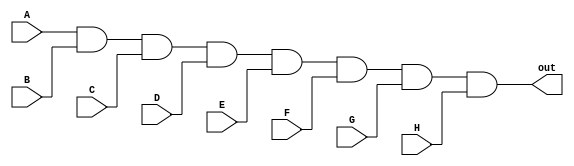
`timescale 1ns / 1ps
//////////////////////////////////////////////////////////////////////////////////
// Company: 
// Engineer: 
// 
// Design Name: 
// Module Name: sand
// Project Name: 
// Target Devices: 
// Tool Versions: 
// Description: 
// 
// Dependencies: 
// 
// Revision:
// Revision 0.01 - File Created
// Additional Comments:
// 
//////////////////////////////////////////////////////////////////////////////////


module sand(
input A, B, C, D, E, F, G, H,
output reg out

    );

always@(*) begin
out=(A&B&C&D&E&F&G&H);
end
endmodule